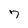
Character: 7